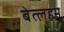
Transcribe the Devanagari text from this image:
बेत्लहम